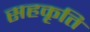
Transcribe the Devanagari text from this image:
सहकृति